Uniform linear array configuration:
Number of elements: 12
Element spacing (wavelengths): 0.75
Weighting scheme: exponential
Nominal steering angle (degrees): -60
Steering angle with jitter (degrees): -59.752
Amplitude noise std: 0.05
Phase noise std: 0.05

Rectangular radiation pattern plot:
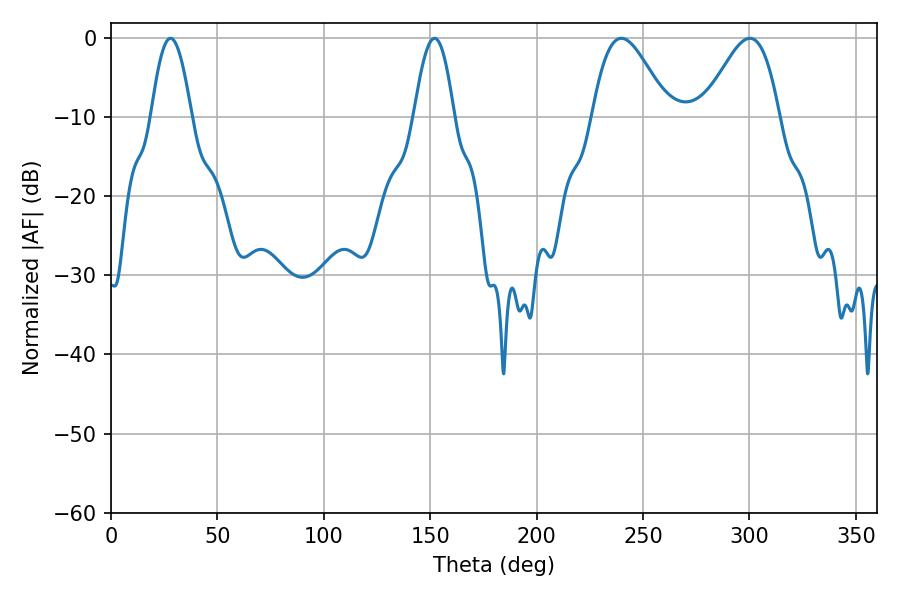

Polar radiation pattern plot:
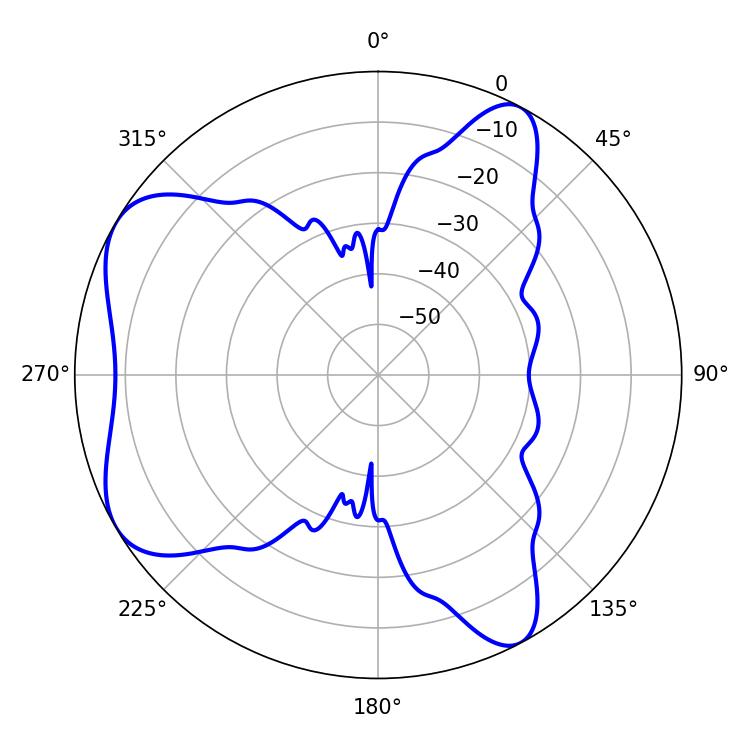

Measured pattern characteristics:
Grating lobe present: TRUE
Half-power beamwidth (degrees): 18.9
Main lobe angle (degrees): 239.76